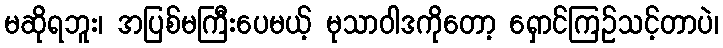
မဆိုရဘူး၊ အပြစ်မကြီးပေမယ့် မုသာဝါဒကိုတော့ ရှောင်ကြဉ်သင့်တာပဲ၊